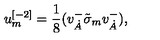
u _ { { m } } ^ { { [ - 2 ] } } = { \frac { 1 } { 8 } } ( v _ { \dot { A } } ^ { { - } } \tilde { \sigma } _ { { m } } v _ { { \dot { A } } } ^ { { - } } ) ,